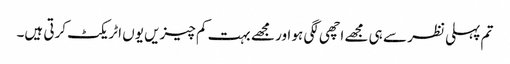
تم پہلی نظر سے ہی مجھے اچھی لگی ہو اور مجھے بہت کم چیزیں یوں اٹریکٹ کرتی ہیں۔